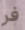
فر